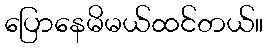
ပြောနေမိမယ်ထင်တယ်။